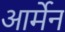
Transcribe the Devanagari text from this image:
आर्मेन